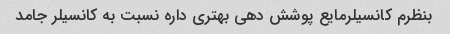
بنظرم کانسیلرمایع پوشش دهی بهتری داره نسبت به کانسیلر جامد